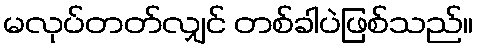
မလုပ်တတ်လျှင် တစ်ခါပဲဖြစ်သည်။